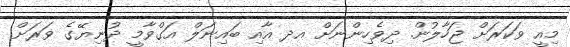
މިއީ ވަކަރަށް ޖަހާލުން. ދިވެހިންނަށް އދ އާއި ބައިނަލް އަގްވާމީ ދުނިޔޭގެ ވަރަށް